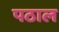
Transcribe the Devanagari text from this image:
पठाल